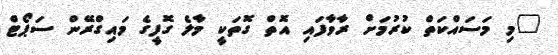
"މި މަސައްކަތް ކުރުމަށް ރާވާފައި އޮތް ގޮތަކީ މާލެ ގޮފީގެ މައިގްރޭން ސަޕޯޓް